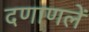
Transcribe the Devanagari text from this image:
दणाणलें